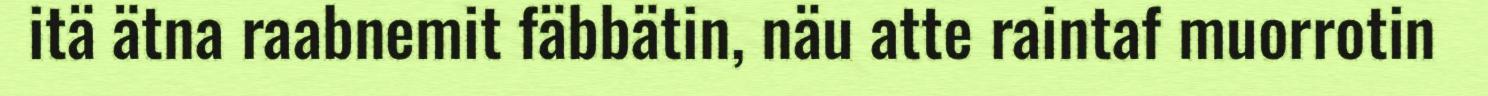
itä ätna raabnemit fäbbätin, näu atte raintaf muorrotin